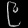
Digit: ၉